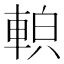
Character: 𨌓